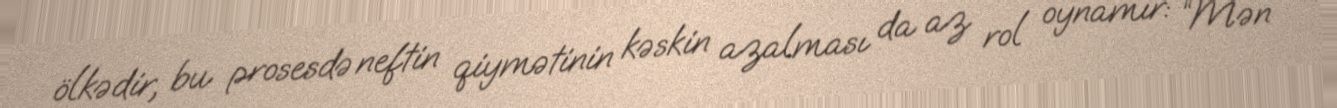
ölkədir, bu prosesdə neftin qiymətinin kəskin azalması da az rol oynamır: “Mən